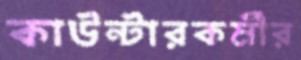
কাউন্টারকর্মীর